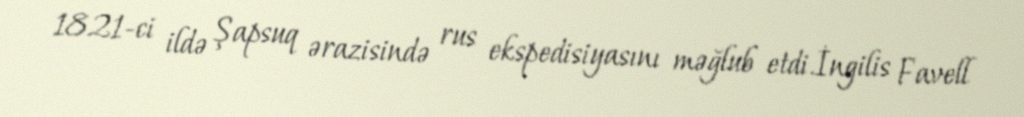
1821-ci ildə Şapsuq ərazisində rus ekspedisiyasını məğlub etdi.İngilis Favell